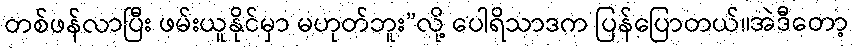
တစ်ဖန်လာပြီး ဖမ်းယူနိုင်မှာ မဟုတ်ဘူး”လို့ ပေါရိသာဒက ပြန်ပြောတယ်။အဲဒီတော့